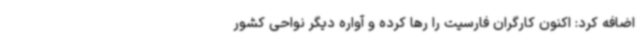
اضافه کرد: اکنون کارگران فارسیت را رها کرده و آواره دیگر نواحی کشور